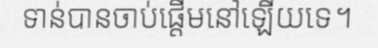
ទាន់បានចាប់ផ្តើមនៅឡើយទេ។